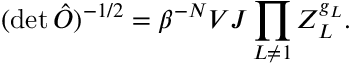
( \operatorname * { d e t } \hat { O } ) ^ { - 1 / 2 } = \beta ^ { - N } V J \prod _ { L \neq 1 } Z _ { L } ^ { g _ { L } } .